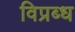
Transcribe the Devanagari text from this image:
विप्रब्ध